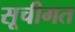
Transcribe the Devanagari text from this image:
सूचीगत